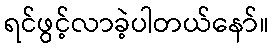
ရင်ဖွင့်လာခဲ့ပါတယ်နော်။